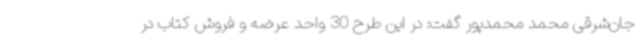
جان‌شرقی محمد محمدپور گفت: در این طرح 30 واحد عرضه و فروش کتاب در